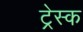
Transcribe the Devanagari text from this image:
ट्रेस्क